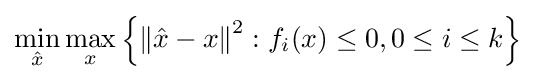
\min _{\hat {x}}\max _{x}\left\{\left\|{\hat {x}}-x\right\|^{2}:f_{i}(x)\leq 0,0\leq i\leq k\right\}